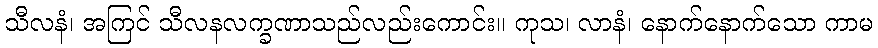
သီလနံ၊ အကြင် သီလနလက္ခဏာသည်လည်းကောင်း။ ကုသ၊ လာနံ၊ နောက်နောက်သော ကာမ